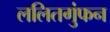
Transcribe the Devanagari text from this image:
ललितगुंफन